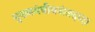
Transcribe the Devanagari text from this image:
मुख्यमंत्रीवसंतदादा